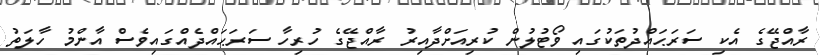
ރާއްޖޭގެ އެކި ސަރަޙައްދުތަކުގައި ވޯޓުލުން ކުރިއަށްދާއިރު ރާއްޖޭގެ ހުރިހާ ސަރަޙައްދެއްގައިވެސް އާންމު ހާލަތު